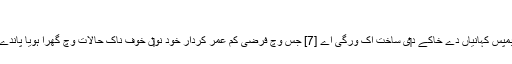
[5]
گوزبمپس کہانیاں دے خاکے د‏‏ی ساخت اک ورگی اے [7] جس وچ فرضی کم عمر کردار خود نو‏‏ں خوف ناک حالات وچ گھرا ہويا پاندے نيں۔